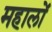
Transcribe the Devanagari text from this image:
महालों